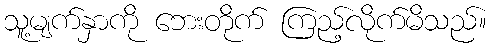
သူ့မျက်နှာကို ဘေးတိုက် ကြည့်လိုက်မိသည်။